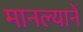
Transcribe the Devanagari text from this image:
मानल्यानें